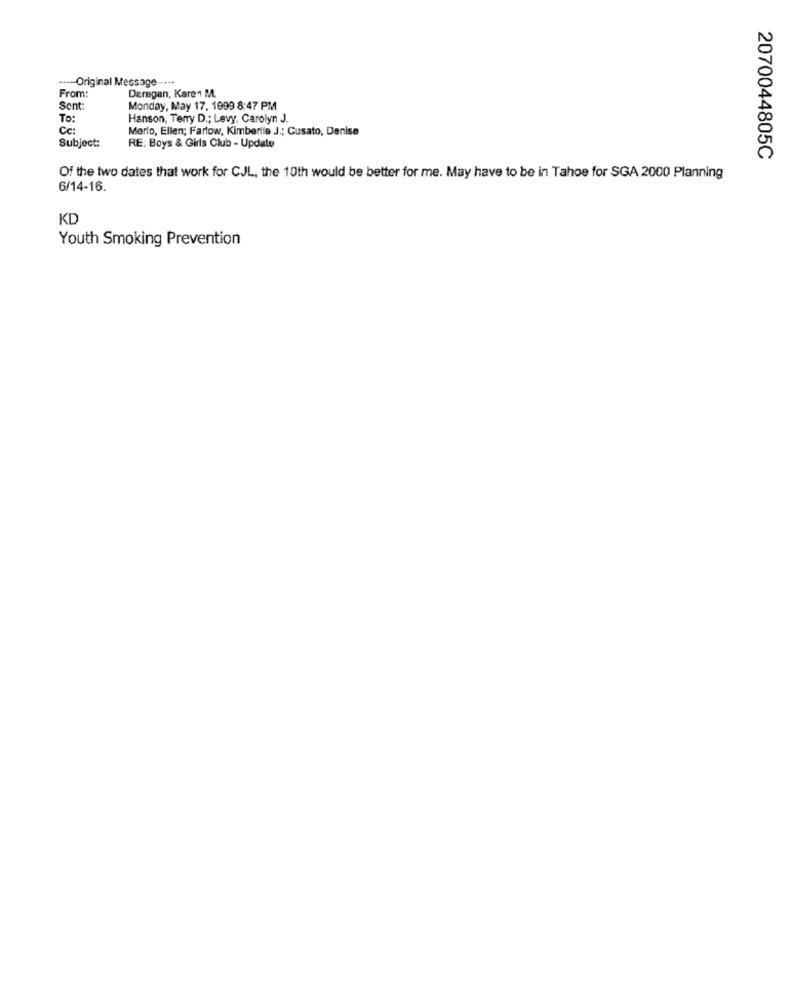
Original Message
Daregan, Karen M.
From:
Sent:
Monday, May 17, 1999 8:47 PM
To:
Hanson, Terry D .; Levy, Carolyn J.
Cc:
Morfo, Ellen; Fartow, Kimberlie J .; Cusato, Denise
Subject:
RE: Boys & Girls Club - Update
2070044805C
Of the two dates that work for CJL, the 10th would be better for me. May have to be in Tahoe for SGA 2000 Planning
6/14-16.
KD
Youth Smoking Prevention